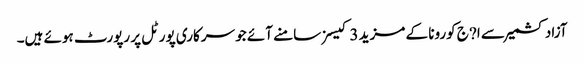
آزاد کشمیر سے ا?ج کورونا کے مزید 3 کیسز سامنے آئے جو سرکاری پورٹل پر رپورٹ ہوئے ہیں۔